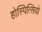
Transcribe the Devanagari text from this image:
होस्पित्सियो